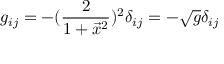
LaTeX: g _ { i j } = - ( { \frac { 2 } { 1 + \vec { x } ^ { 2 } } } ) ^ { 2 } \delta _ { i j } = - \sqrt g \delta _ { i j }